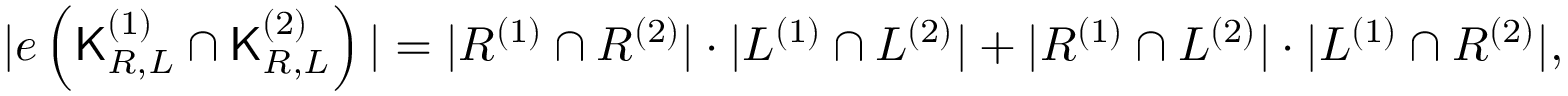
\begin{array} { r } { \vert e \left( { \mathsf { K } } _ { { \cal R } , { \cal L } } ^ { \left( 1 \right) } \cap { \mathsf { K } } _ { { \cal R } , { \cal L } } ^ { \left( 2 \right) } \right) \vert = \vert { \cal R } ^ { \left( 1 \right) } \cap { \cal R } ^ { \left( 2 \right) } \vert \cdot \vert { \cal L } ^ { \left( 1 \right) } \cap { \cal L } ^ { \left( 2 \right) } \vert + \vert { \cal R } ^ { \left( 1 \right) } \cap { \cal L } ^ { \left( 2 \right) } \vert \cdot \vert { \cal L } ^ { \left( 1 \right) } \cap { \cal R } ^ { \left( 2 \right) } \vert , } \end{array}